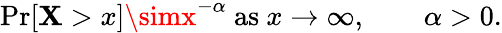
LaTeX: \operatorname*{Pr}[\mathbf{X}>x]\simx^{-\alpha}{\mathrm{{~as~}}}x\to\infty,\qquad\alpha>0.